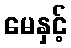
မေနှင့်